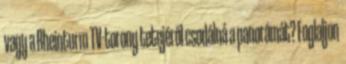
vagy a Rheinturm TV-torony tetejéről csodálná a panorámát? Foglaljon